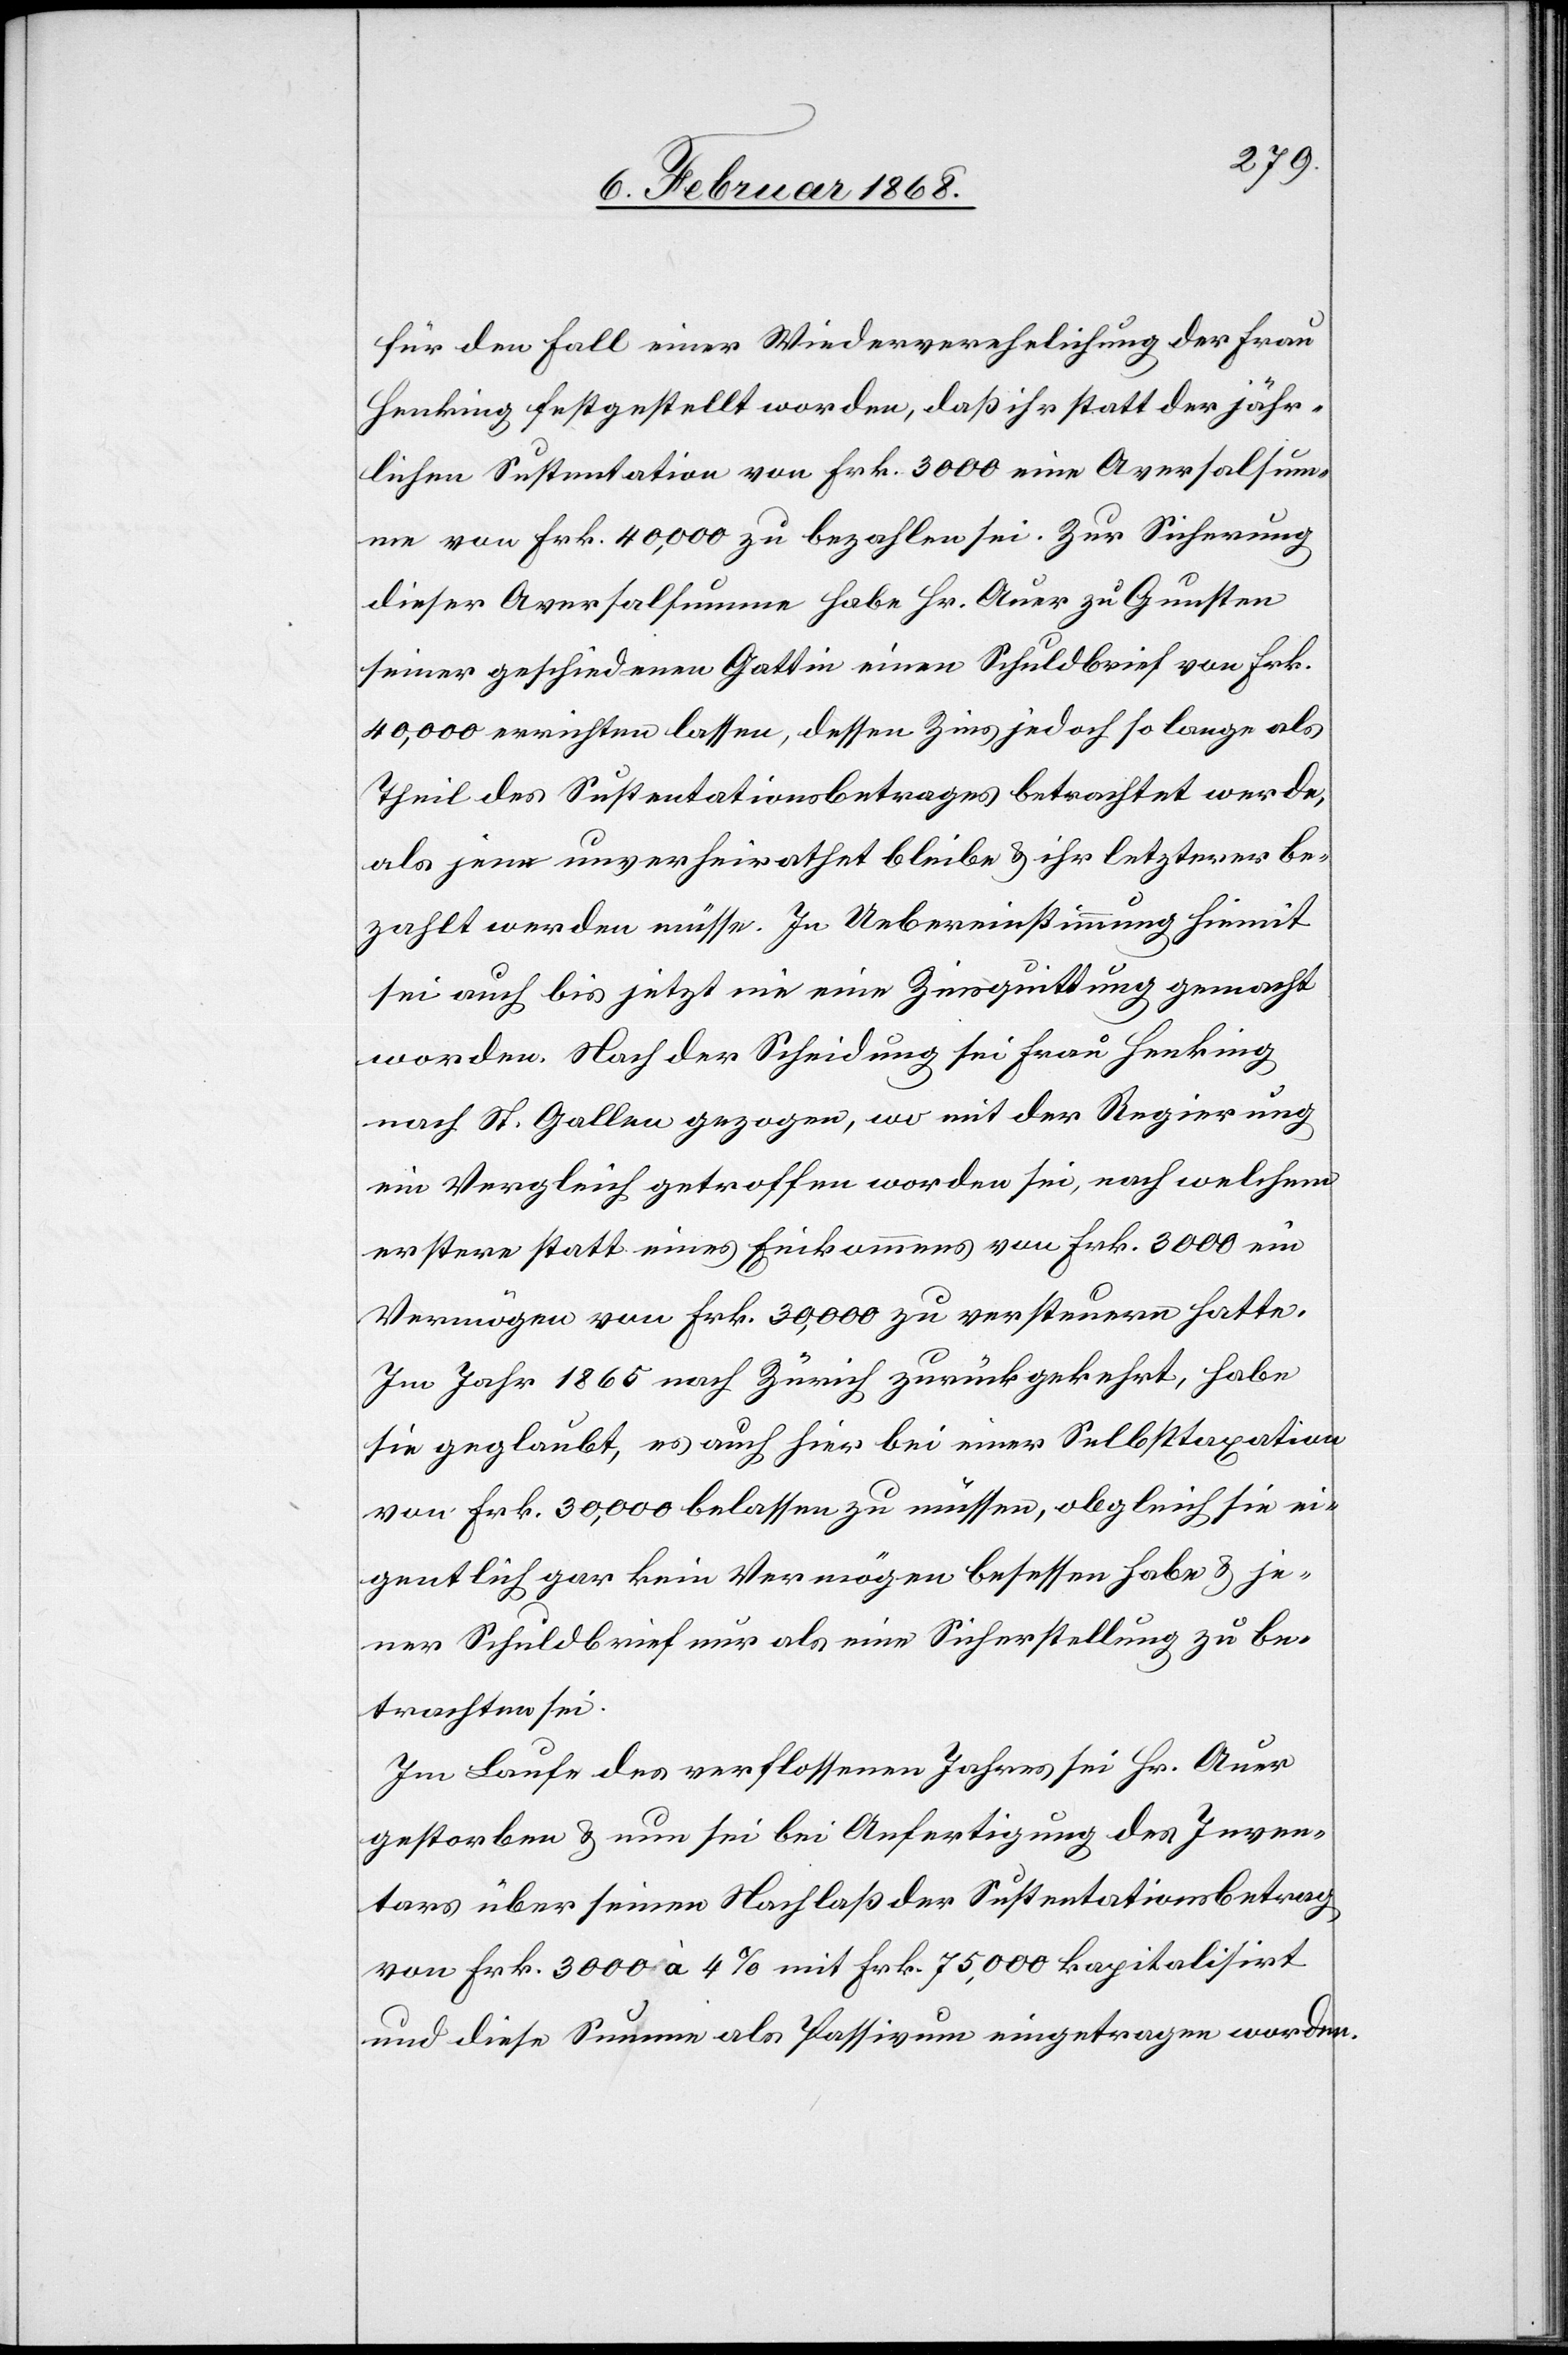
für den Fall einer Wiederverehelichung der Frau
Henking festgestellt worden, daß ihr statt der jähr¬
lichen Sustentation von Frk. 3000 eine Aversalsum¬
me von Frk. 40,000 zu bezahlen sei. Zur Sicherung
dieser Aversalsumme habe Hr. Auer zu Gunsten
seiner geschiedenen Gattin einen Schuldbrief von Frk.
40,000 errichten lassen, dessen Zins jedoch so lange als
Theil des Sustentationsbetrages betrachtet werde,
als jene unverheirathet bleibe & ihr letzterer be¬
zahlt werden müsse. In Uebereinstimmung hiemit
sei auch bis jetzt nie eine Zinsquittung gemacht
worden. Nach der Scheidung sei Frau Henking
nach St. Gallen gezogen, wo mit der Regierung
ein Vergleich getroffen worden sei, nach welchem
erstere statt eines Einkommens von Frk. 3000 ein
Vermögen von Frk. 30,000 zu versteuern hatte.
Im Jahr 1865 nach Zürich zurückgekehrt, habe
sie geglaubt, es auch hier bei einer Selbsttaxation
von Frk. 30,000 belassen zu müssen, obgleich sie ei¬
gentlich gar kein Vermögen besessen habe & je¬
ner Schuldbrief nur als eine Sicherstellung zu be¬
trachten sei.
Im Laufe des verflossenen Jahres sei Hr. Auer
gestorben & nun sei bei Anfertigung des Inven¬
tars über seinen Nachlaß der Sustentationsbetrag
von Frk. 3000 à 4% mit Frk. 75,000 kapitalisirt
und diese Summe als Passivum eingetragen worden.